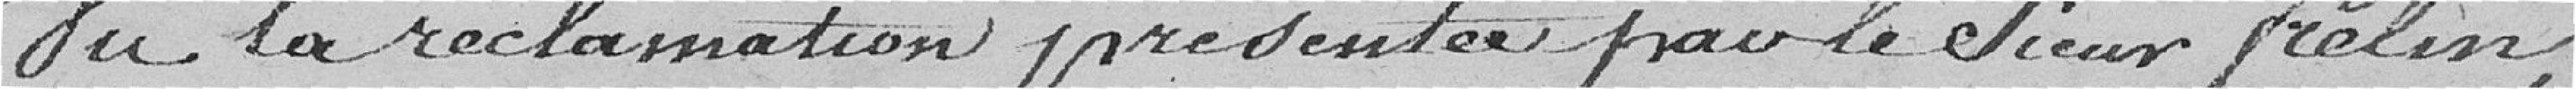
vu la réclamation présentée par le sieur Frelin,